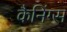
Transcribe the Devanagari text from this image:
कैनिंग्स